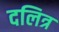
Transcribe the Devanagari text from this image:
दलित्र